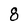
Character: 8